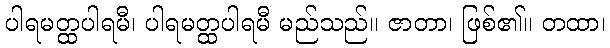
ပါရမတ္ထပါရမီ၊ ပါရမတ္ထပါရမီ မည်သည်။ ဇာတာ၊ ဖြစ်၏။ တထာ၊